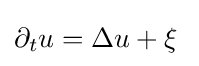
\partial _{t}u=\Delta u+\xi \;